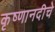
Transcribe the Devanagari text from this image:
कृष्णानदीचे